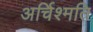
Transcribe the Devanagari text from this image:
अर्चिश्मति